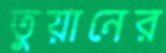
তুয়ানের